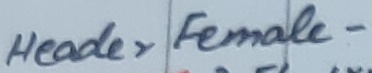
Text: Header Female-